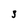
Character: 3